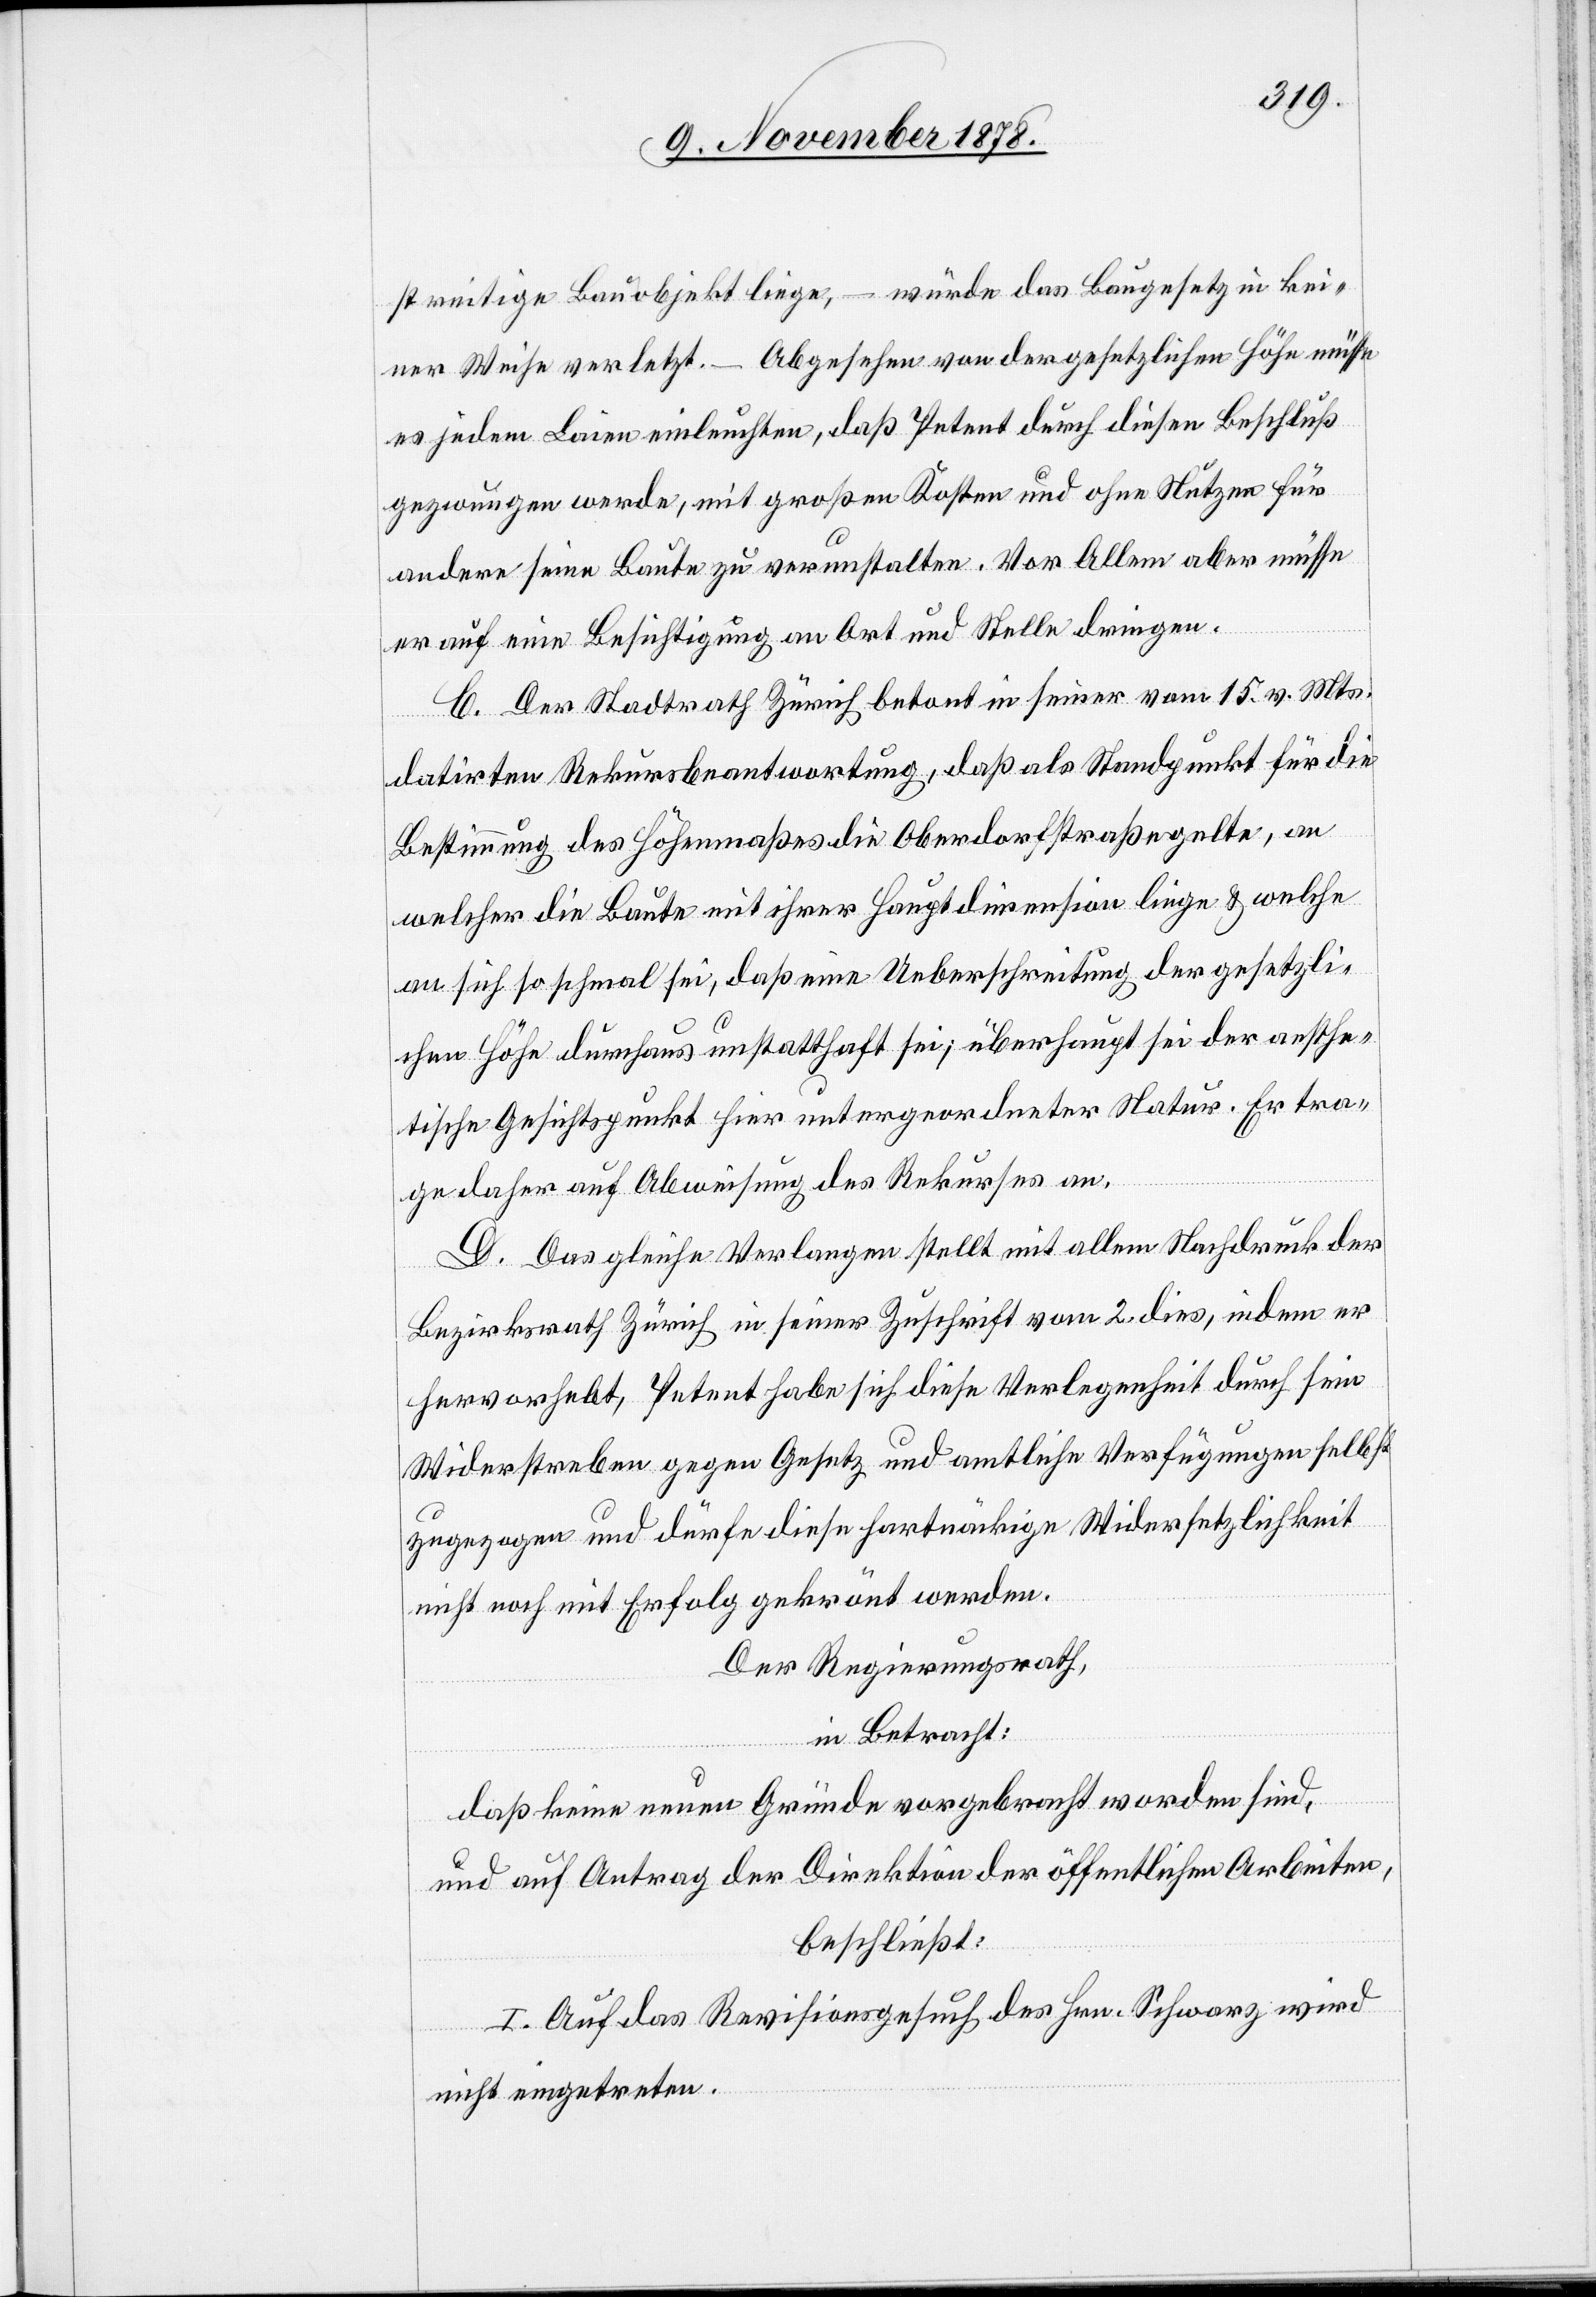
streitige Bauobjekt liege, – würde das Baugesetz in kei¬
ner Weise verletzt. – Abgesehen von der gesetzlichen Höhe müsse
es jedem Laien einleuchten, daß Petent durch diesen Beschluß
gezwungen werde, mit großen Kosten und ohne Nutzen für
andere seine Baute zu verunstalten. Vor Allem aber müsse
er auf eine Besichtigung an Ort und Stelle dringen.
C. Der Stadtrath Zürich betont in seiner vom 15. v. Mts.
datirten Rekursbeantwortung, daß als Standpunkt für die
Bestimmung des Höhenmaßes die Oberdorfstraße gelte, an
welcher die Baute mit ihrer Hauptdimension liege & welche
an sich so schmal sei, daß eine Ueberschreitung der gesetzli¬
chen Höhe durchaus unstatthaft sei; überhaupt sei der aesthe¬
tische Gesichtspunkt hier untergeordneter Natur. Er tra¬
ge daher auf Abweisung des Rekurses an.
D. Das gleiche Verlangen stellt mit allem Nachdruck der
Bezirksrath Zürich in seiner Zuschrift vom 2. dies, indem er
hervorhebt, Petent habe sich diese Verlegenheit durch sein
Widerstreben gegen Gesetz und amtliche Verfügungen selbst
zugezogen und dürfe diese hartnäckige Widersetzlichkeit
nicht noch mit Erfolg gekrönt werden.
Der Regierungsrath,
in Betracht:
daß keine neuen Gründe vorgebracht worden sind,
und auf Antrag der Direktion der öffentlichen Arbeiten,
beschließt:
I. Auf das Revisionsgesuch des Hrn. Schwarz wird
nicht eingetreten.